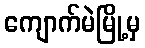
ကျောက်မဲမြို့မှ